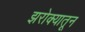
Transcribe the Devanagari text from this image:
झरोक्यातून